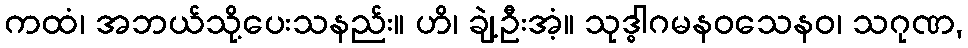
ကထံ၊ အဘယ်သို့ပေးသနည်း။ ဟိ၊ ချဲ့ဦးအံ့။ သုဒ္ဓါဂမနဝသေနဝ၊ သဂုဏ,